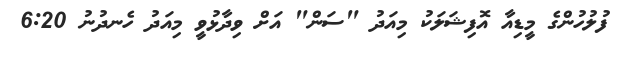
ފުލުހުންގެ މީޑިއާ އޮފިޝަލަކު މިއަދު "ސަން" އަށް ވިދާޅުވީ މިއަދު ހެނދުނު 6:20